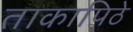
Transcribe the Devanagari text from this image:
ताकापिठे